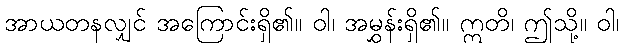
အာယတနလျှင် အကြောင်းရှိ၏။ ဝါ၊ အမွှန်းရှိ၏။ ဣတိ၊ ဤသို့။ ဝါ၊